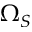
\Omega _ { S }